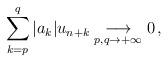
LaTeX: \begin{align*}\sum_{k=p}^q |a_k|u_{n+k}\underset{p,q\to +\infty}\longrightarrow 0\, ,\end{align*}